Civil Veterinary Department. United Provinces 1932-42 - 1932-1942
Year: 1932
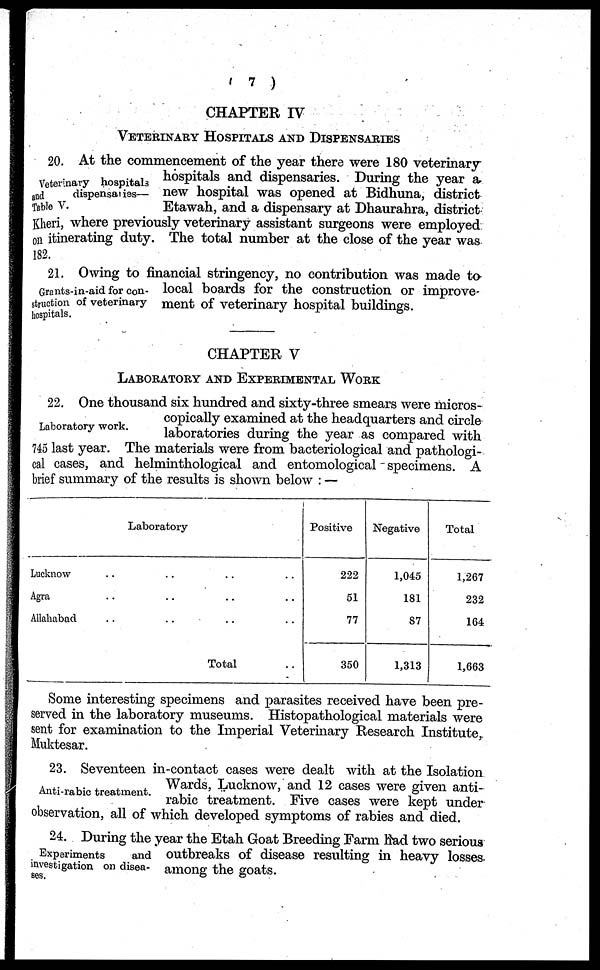
(7)
CHAPTER IV
VETERINARY HOSPITALS AND DISPENSARIES
Veterinary hospitals
and
dispensaries—
Table V.
20. At the commencement of the year there were 180 veterinary
hospitals and dispensaries. During the year a,
new hospital was opened at Bidhuna, district
Etawah, and a dispensary at Dhaurahra, district
Kheri, where previously veterinary assistant surgeons were employed
on itinerating duty. The total number at the close of the year was
182.
Grants-in-aid for con-
struction of veterinary
hospitals.
21. Owing to financial stringency, no contribution was made to
local boards for the construction or improve-
ment of veterinary hospital buildings.
CHAPTER V
LABORATORY AND EXPERIMENTAL WORK
Laboratory work.
22. One thousand six hundred and sixty-three smears were micros-
copically examined at the headquarters and circle
laboratories during the year as compared with
745 last year. The materials were from bacteriological and pathologi-
cal cases, and helminthological and entomological specimens. A
brief summary of the results is shown below:—
Laboratory
Lucknow
Agra
Allahabad
.. .. .. ..
.. .. .. ..
.. .. .. ..
Total ..
Positive
222
51
77
350
Negative
1,045
181
87
1,313
Total
1,267
232
164
1,663
Some interesting specimens and parasites received have been pre-
served in the laboratory museums. Histopathological materials were
sent for examination to the Imperial Veterinary Research Institute,
Muktesar.
Anti-rabic treatment.
23. Seventeen in-contact cases were dealt with at the Isolation
Wards, Lucknow, and 12 cases were given anti-
rabic treatment. Five cases were kept under
observation, all of which developed symptoms of rabies and died.
Experiments
and
investigation on disea-
ses.
24. During the year the Etah Goat Breeding Farm had two serious
outbreaks of disease resulting in heavy losses
among the goats.